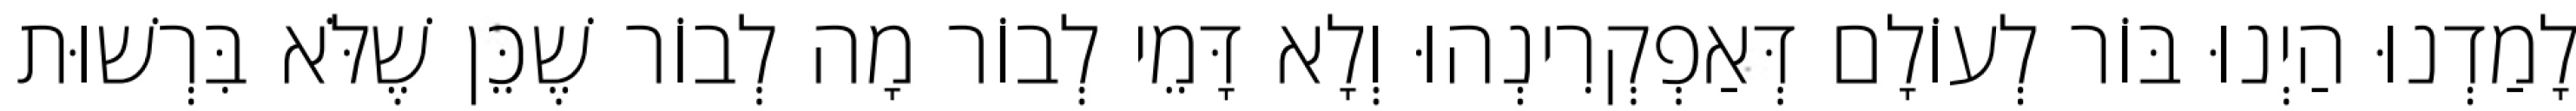
לָמַדְנוּ הַיְנוּ בּוֹר לְעוֹלָם דְּאַפְקְרִינְהוּ וְלָא דָּמֵי לְבוֹר מָה לְבוֹר שֶׁכֵּן שֶׁלֹּא בִּרְשׁוּת